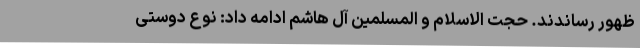
ظهور رساندند. حجت الاسلام و المسلمین آل هاشم ادامه داد: نوع دوستی